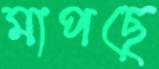
মাপছে